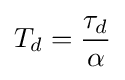
T_{d}={\frac {\tau _{d}}{\alpha }}